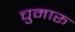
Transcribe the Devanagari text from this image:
चुमारू